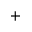
+